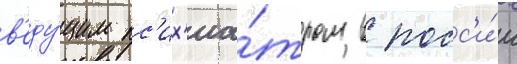
в'еду́щим пс'их'иа́тром в росс'и́и